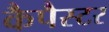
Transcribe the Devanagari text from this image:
कैपैस्टर